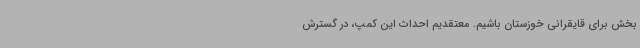
بخش برای قایقرانی خوزستان باشیم. معتقدیم احداث این کمپ، در گسترش